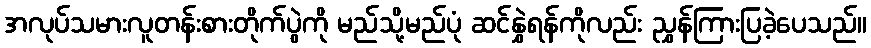
အလုပ်သမားလူတန်းစားတိုက်ပွဲကို မည်သို့မည်ပုံ ဆင်နွှဲရန်ကိုလည်း ညွှန်ကြားပြခဲ့ပေသည်။